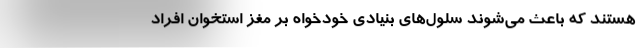
هستند که باعث می‌شوند سلول‌های بنیادی خودخواه بر مغز استخوان افراد